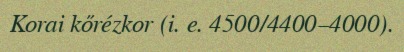
Korai kőrézkor (i. e. 4500/4400–4000).